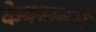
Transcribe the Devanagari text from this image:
केक्सबर्ग